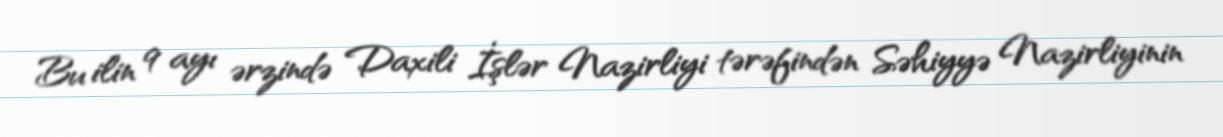
Bu ilin 9 ayı ərzində Daxili İşlər Nazirliyi tərəfindən Səhiyyə Nazirliyinin